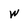
Character: w